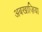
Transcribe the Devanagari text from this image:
अबखाज़िया